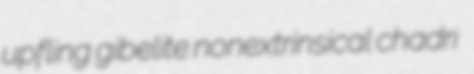
upfling gibelite nonextrinsical chadri